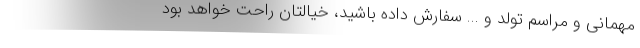
مهمانی و مراسم تولد و ... سفارش داده باشید، خیالتان راحت خواهد بود